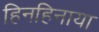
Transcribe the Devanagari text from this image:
हिनहिनाया